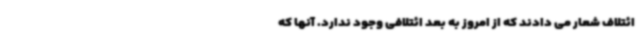
ائتلاف شعار می دادند که از امروز به بعد ائتلافی وجود ندارد. آنها که